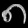
Digit: ၈